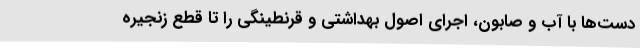
دست‌ها با آب و صابون، اجرای اصول بهداشتی و قرنطینگی را تا قطع زنجیره